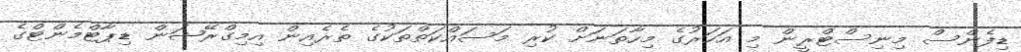
ޑިފެންސް މިނިސްޓްރީން މި އަހަރުގެ މިހާތަނަށް ކުރި މަސައްކަތްތަކުގެ ތެރެއިން އިމިގްރޭޝަން ޑިޕާޓްމެންޓްގެ